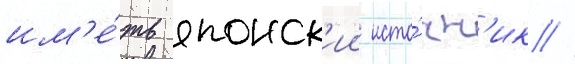
им'е́ть японск'ии исто́чн'ик /